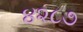
૪૨૮૭